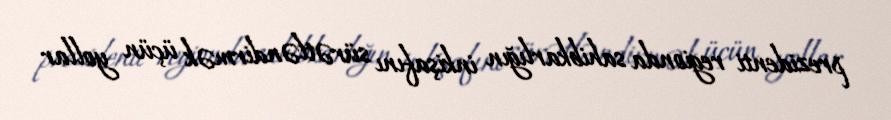
prezidenti regionda sahibkarlığın inkişafını sürətləndirmək üçün yollar